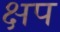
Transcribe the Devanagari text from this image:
क्षप